Report on vaccination in the Province of Bengal - 1874-1889
Year: 1874
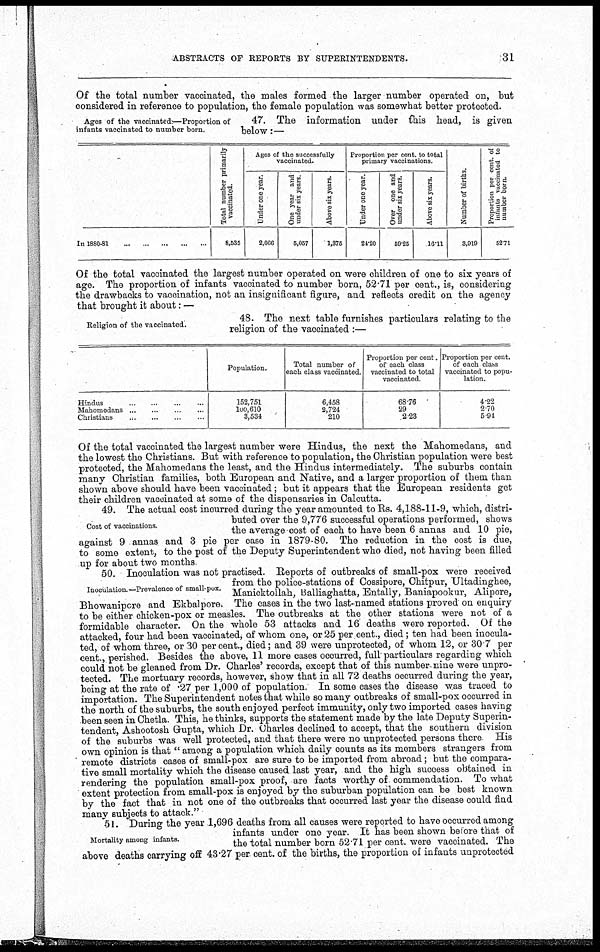
ABSTRACTS OF REPORTS BY SUPERINTENDENTS.
31
Of the total number vaccinated, the males formed the larger number operated on, but
considered in reference to population, the female population was somewhat better protected.
Ages of the vaccinated —Proportion of
infants vaccinated to number born.
47. The information under this head, is given
below:—
In 1880-81...
...
...
Total number primarily
vaccinated.
8,535
Ages of the successfully
vaccinated.
Under one year.
2,066
One year and
under six years.
5,057
Above six years.
1,375
Proportion per cent. to total
primary vaccinations.
Under one year.
24.20
Over one and
under six years.
59.25
Above six years.
16.11
Number of births.
3,919
Proportion per cent. of
infants vaccinated to
number born.
52.71
Of the total vaccinated the largest number operated on were children of one to six years of
age. The proportion of infants vaccinated to number born, 52.71 per cent., is, considering
the drawbacks to vaccination, not an insignificant figure, and reflects credit on the agency
that brought it about: —
Religion of the vaccinated.
48. The next table furnishes particulars relating to the
religion of the vaccinated :—
Hindus...
...
...
Mahomedans...
...
...
...
Christians... ... ... ... ...
Population.
152,751
100,610
3,534
Total number of
each class vaccinated.
6,458
2,724
210
Proportion per cent.
of each class
vaccinated to total
vaccinated.
68.76
29
2.23
Proportion per cent.
of each class
vaccinated to popu-
lation.
4.22
2.70
5.94
Of the total vaccinated the largest number were Hindus, the next the Mahomedans, and
the lowest the Christians. But with reference to population, the Christian population were best
protected, the Mahomedans the least, and the Hindus intermediately. The suburbs contain
many Christian families, both European and Native, and a larger proportion of them than
shown above should have been vaccinated; but it appears that the European residents get
their children vaccinated at some of the dispensaries in Calcutta.
Cost of vaccinations.
49. The actual cost incurred during the year amounted to Rs. 4,188-11-9, which, distri-
buted over the 9,776 successful operations performed, shows
the average cost of each to have been 6 annas and 10 pie,
against 9 annas and 3 pie per case in 1879-80. The reduction in the cost is due,
to some extent, to the post of the Deputy Superintendent who died, not having been filled
up for about two months
Inoculation.—Prevalence of small-pox.
50. Inoculation was not practised. Reports of outbreaks of small-pox were received
from the police-stations of Cossipore, Chitpur, Ultadinghee,
Manicktollah, Balliaghatta, Entally, Baniapookur, Alipore,
Bhowanipore and Ekbalpore. The cases in the two last-named stations proved on enquiry
to be either chicken-pox or measles. The outbreaks at the other stations were not of a
formidable character. On the whole 53 attacks and 16 deaths were reported. Of the
attacked, four had been vaccinated, of whom one, or 25 per cent., died; ten had been inocula-
ted, of whom three, or 30 per cent., died; and 39 were unprotected, of whom 12, or 30 7 per
cent., perished. Besides the above, 11 more cases occurred, full particulars regarding which
could not be gleaned from Dr. Charles' records, except that of this number nine were unpro-
tected. The mortuary records, however, show that in all 72 deaths occurred during the year,
being at the rate of .27 per 1,000 of population. In some cases the disease was traced to
importation. The Superintendent notes that while so many outbreaks of small-pox occurred in
the north of the suburbs, the south enjoyed perfect immunity, only two imported cases having
been seen in Chetla. This, he thinks, supports the statement made by the late Deputy Superin-
tendent, Ashootosh Gupta, which Dr. Charles declined to accept, that the southern division
of the suburbs was well protected, and that there were no unprotected persons there His
own opinion is that " among a population which daily counts as its members strangers from
remote districts cases of small-pox are sure to be imported from abroad; but the compara-
tive small mortality which the disease caused last year, and the high success obtained in
rendering the population small-pox proof, are facts worthy of commendation. To what
extent protection from small-pox is enjoyed by the suburban population can be best known
by the fact that in not one of the outbreaks that occurred last year the disease could find
many subjects to attack."
Mortality among infants.
51. During the year 1,696 deaths from all causes were reported to have occurred among
infants under one year. It has been shown before that of
the total number born 52.71 per cent. were vaccinated. The
above deaths carrying off 43.27 per cent. of the births, the proportion of infants unprotected